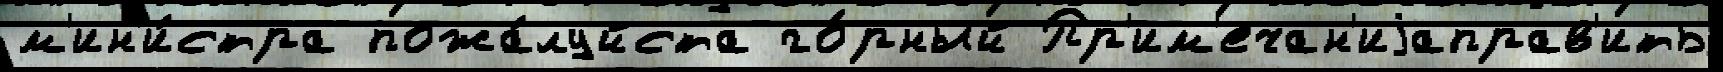
м'ин'и́стра пожа́луйста го́рный Пр'им'ечан'иjаправ'ить